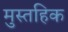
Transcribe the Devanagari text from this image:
मुस्तहिक